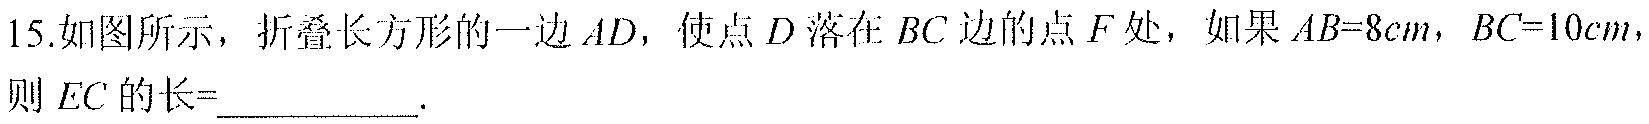
15.如图所示，折叠长方形的一边 \(AD\)，使点 \(D\) 落在 \(BC\) 边的点 \(F\) 处，如果 \(AB = 8cm\)，\(BC = 10cm\)，则 \(EC\) 的长=  ．